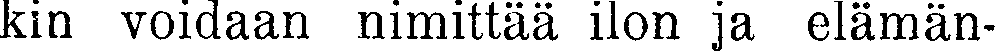
kin voidaan nimittää ilon ja elämän-